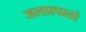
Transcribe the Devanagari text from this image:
जलप्रपातो